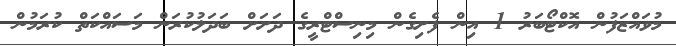
މުވައްޒަފުން އޮކްޓޯބަރު 1 އިން ފެށިގެން މިނިސްޓްރީގެ ދަށަށް ބަދަލުކުރަން މަސައްކަތް ކުރަމުން